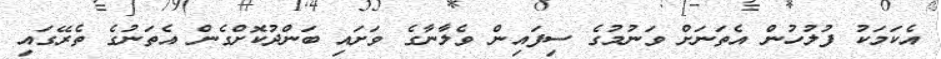
އެކަމަކު ފުލުހުން އެތަނަށް ވަނުމުގެ ސިފައިން ވެލާނާގެ ވަށައި ބަންދުކޮށްގެން އެތަނުގެ ތެރޭގައި